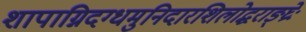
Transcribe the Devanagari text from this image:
शापाग्निदग्धमुनिदारशिलोद्धराङ्घ्रेः